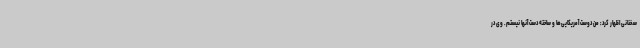
سخنانی اظهار کرد: من دوست آمریکایی‌ها و ساخته دست آنها نیستم. وی در